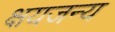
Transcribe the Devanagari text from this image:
क्षयजन्य